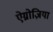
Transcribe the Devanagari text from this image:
ऐग्नोज़िया